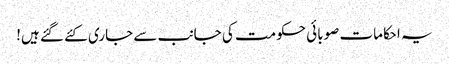
یہ احکامات صوبائی حکومت کی جانب سے جاری کئے گئے ہیں!